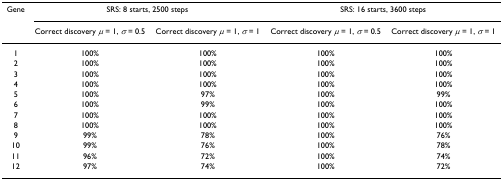
<table><thead><tr><td><b>Gene</b></td><td colspan="2"><b>SRS: 8 starts, 2500 steps</b></td><td colspan="2"><b>SRS: 16 starts, 3600 steps</b></td></tr><tr><td></td><td><b>Correct discovery <i>μ </i>= 1, <i>σ </i>= 0.5</b></td><td><b>Correct discovery <i>μ </i>= 1, <i>σ </i>= 1</b></td><td><b>Correct discovery <i>μ </i>= 1, <i>σ </i>= 0.5</b></td><td><b>Correct discovery <i>μ </i>= 1, <i>σ </i>= 1</b></td></tr></thead><tbody><tr><td>1</td><td>100%</td><td>100%</td><td>100%</td><td>100%</td></tr><tr><td>2</td><td>100%</td><td>100%</td><td>100%</td><td>100%</td></tr><tr><td>3</td><td>100%</td><td>100%</td><td>100%</td><td>100%</td></tr><tr><td>4</td><td>100%</td><td>100%</td><td>100%</td><td>100%</td></tr><tr><td>5</td><td>100%</td><td>97%</td><td>100%</td><td>99%</td></tr><tr><td>6</td><td>100%</td><td>99%</td><td>100%</td><td>100%</td></tr><tr><td>7</td><td>100%</td><td>100%</td><td>100%</td><td>100%</td></tr><tr><td>8</td><td>100%</td><td>100%</td><td>100%</td><td>100%</td></tr><tr><td>9</td><td>99%</td><td>78%</td><td>100%</td><td>76%</td></tr><tr><td>10</td><td>99%</td><td>76%</td><td>100%</td><td>78%</td></tr><tr><td>11</td><td>96%</td><td>72%</td><td>100%</td><td>74%</td></tr><tr><td>12</td><td>97%</td><td>74%</td><td>100%</td><td>72%</td></tr></tbody></table>